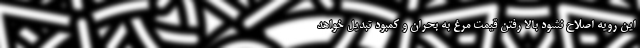
این رویه اصلاح نشود بالا رفتن قیمت مرغ به بحران و کمبود تبدیل خواهد